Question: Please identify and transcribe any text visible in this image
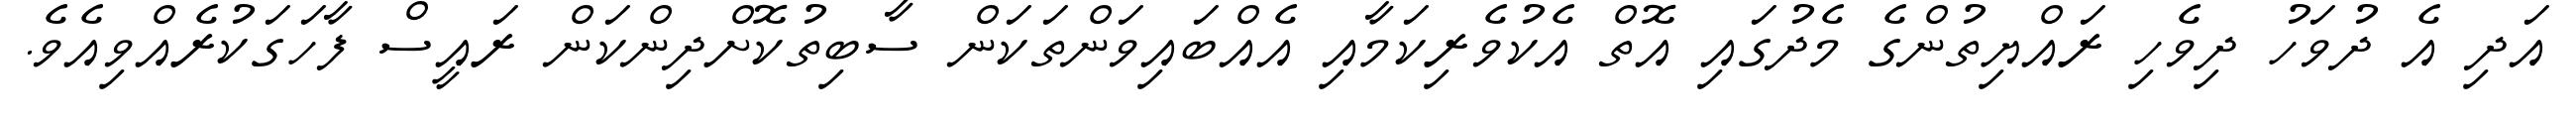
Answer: އަދި އެ ދުވަހު ދިވެހި ރައްޔިތުންގެ މެދުގައި އޮތް އެކުވެރިކަމާއި އެއްބައިވަންތަކަން ސާބިތުކޮށްދިންކަން ރައީސް ފާހަގަކުރެއްވިއެވެ.